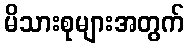
မိသားစုများအတွက်